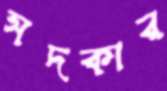
সদকার